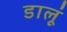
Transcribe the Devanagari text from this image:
डालूं